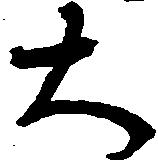
大